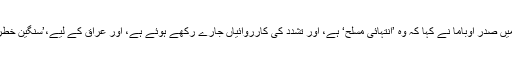
دولت الاسلامیہ کے بارے میں صدر اوباما نے کہا کہ وہ ’انتہائی مسلح‘ ہے، اور تشدد کی کارروائیاں جارے رکھے ہوئے ہے، اور عراق کے لیے،’سنگین خطرے کا باعث بنی ہوئی ہے‘۔